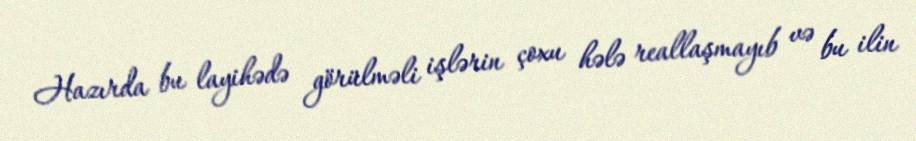
Hazırda bu layihədə görülməli işlərin çoxu hələ reallaşmayıb və bu ilin